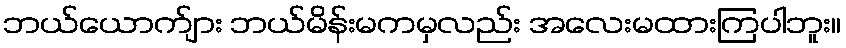
ဘယ်ယောက်ျား ဘယ်မိန်းမကမှလည်း အလေးမထားကြပါဘူး။